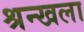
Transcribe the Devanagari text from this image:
श्रन्खला